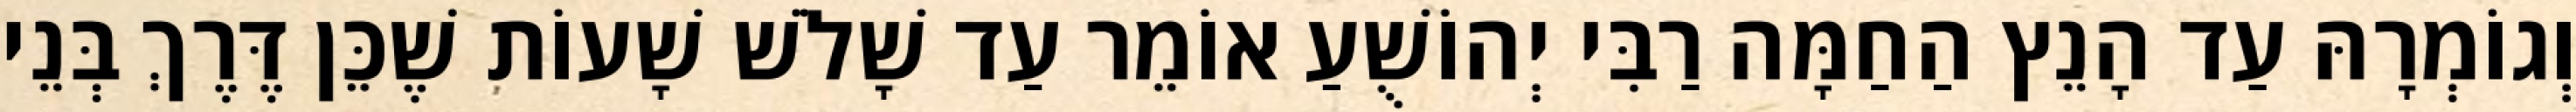
וְגוֹמְרָהּ עַד הָנֵץ הַחַמָּה רַבִּי יְהוֹשֻׁעַ אוֹמֵר עַד שָׁלֹשׁ שָׁעוֹת שֶׁכֵּן דֶּרֶךְ בְּנֵי